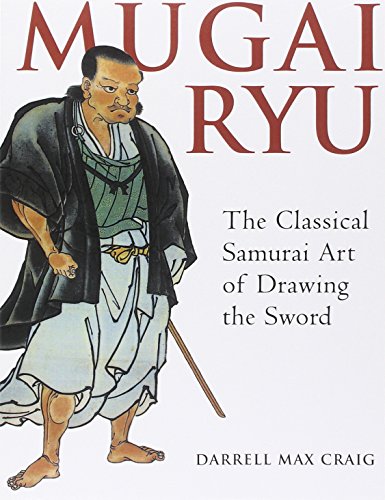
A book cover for Mugai Ryu: The Classical Japanese Art of Drawing the Sword; Darrell Max Craig; Sports & Outdoors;